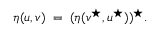
\eta ( u , v ) \; = \; ( \eta ( v ^ { \star } , u ^ { \star } ) ) ^ { \star } .